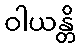
ဝါယန္တိ